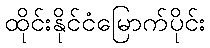
ထိုင်းနိုင်ငံမြောက်ပိုင်း